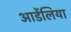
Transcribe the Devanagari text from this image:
आर्डेलिया